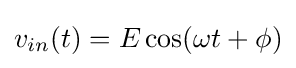
v_{in}(t)=E\cos(\omega t+\phi )